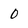
Character: 0